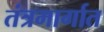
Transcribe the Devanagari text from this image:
तंत्रमार्गात